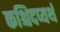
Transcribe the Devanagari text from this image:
कश्चिदप्यर्थ